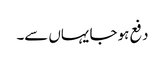
دفع ہو جا یہاں سے۔